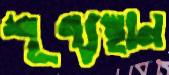
শূণ্যস্থান